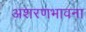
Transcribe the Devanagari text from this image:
अशरणभावना